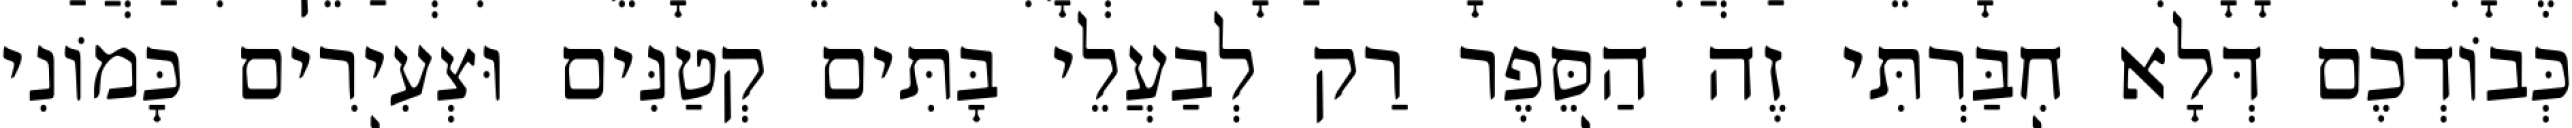
כְּבוֹדְכֶם דְּלָא חִבַּרְתִּי זֶה הַסֵּפֶר רַק לְבַעֲלֵי בָּתִּים קְטַנִּים וּצְעִירִים כָּמוֹנִי